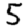
Digit: 5